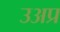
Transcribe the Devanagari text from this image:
उअप्र